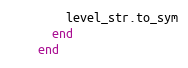
Language: Ruby
        level_str.to_sym
      end
    end